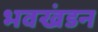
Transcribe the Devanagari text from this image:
भवखंडन